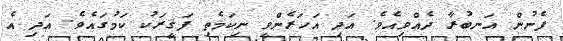
ފެނުން އަނބުރާ ދެއްވިއެވެ. އަދި އަހަރެންވީ ނިކަމެތި ފަޤީރަކު ކަމުގައެވެ. އަދި އެ